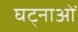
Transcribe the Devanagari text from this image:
घट्नाओं